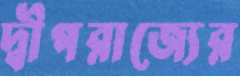
দ্বীপরাজ্যের